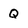
Character: Q